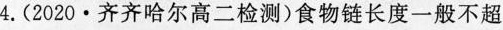
4.(2020·齐齐哈尔高二检测)食物链长度一般不超